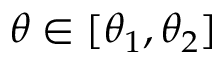
\theta \in [ \theta _ { 1 } , \theta _ { 2 } ]